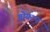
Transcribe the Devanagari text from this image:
गोयटन